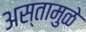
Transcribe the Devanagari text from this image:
अस्तामुळे